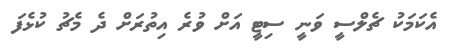
އެކަމަކު ޗެލްސީ ވަނީ ސިޓީ އަށް ވުރެ އިތުރަށް ދެ މެޗު ކުޅެފަ